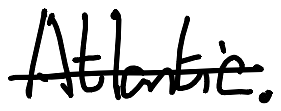
Text: Atlantic.
Cross-out: single-line
Writing tool: digital_black